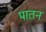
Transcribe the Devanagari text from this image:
पातन